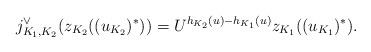
LaTeX: \begin{align*}j^{\vee}_{K_1,K_2}(z_{K_2}((u_{K_2})^*))=U^{h_{K_2}(u)-h_{K_1}(u)}z_{K_1}((u_{K_1})^*).\end{align*}